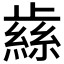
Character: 𰙹